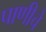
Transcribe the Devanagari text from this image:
पाणीचे